Black-water fever - Number 35
Disease focus: Fever
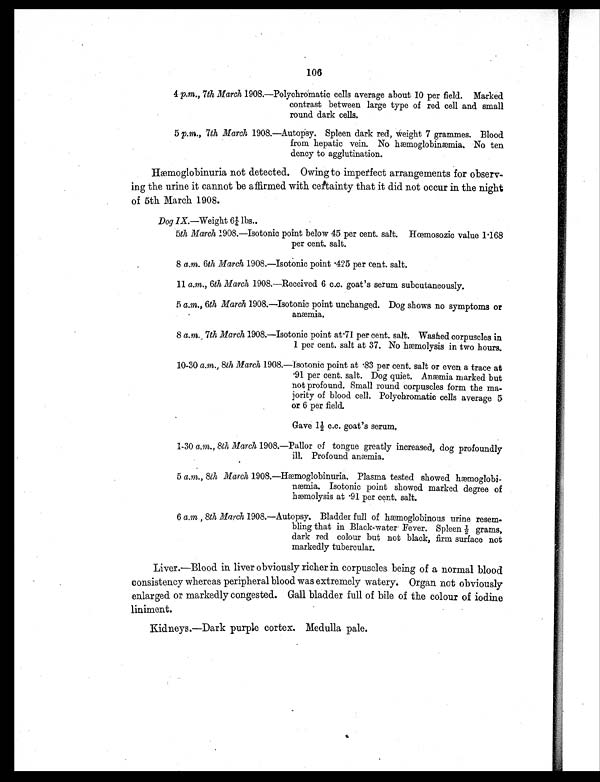
106
4 p.m., 7th March 1908.—Polychromatic cells average about 10 per field. Marked
contrast between large type of red cell and small
round dark cells.
5 p.m., 7th March 1908.—Autopsy. Spleen dark red, weight 7 grammes. Blood
from hepatic vein. No hæmoglobinæmia. No ten
deny to agglutination.
Hæmoglobinuria not detected. Owing to imperfect arrangements for observ-
ing the urine it cannot be affirmed with certainty that it did not occur in the night
of 5th March 1908.
Dog IX.—Weight 6¼ lbs..
5th March 1908.—Isotonic point below 45 per cent. salt. Hœmosozic value 1.168
per cent. salt.
8 a.m. 6th March 1908.—Isotonic point .425 per cent. salt.
11 a.m., 6th March 1908.—Received 6 c.c. goat's serum subcutaneously.
5 a.m., 6th March 1908.—Isotonic point unchanged. Dog shows no symptoms or
anæmia.
•
8 a. m. 7th March 1908.—Isotonic point at .71 per cent. salt. Washed corpuscles in
1 per cent. salt at 37. No hæmolysis in two hours.
10 30 a.m., 8th March 1908.—Isotonic point at .83 per cent. salt or even a trace at
. 9 1 p e r c e n t . s a l t . D o g q u i e t . A n æ m i a m a r k e d b u t
not profound. Small round corpuscles form the ma-
jority of blood cell. Polychromatic cells average 5
or 6 per field.
Gave 1½ c.c. goat's serum.
•
1-30 a.m., 8th March 1908.—Pallor of tongue greatly increased, dog profoundly
ill. Profound anæmia.
5 a.m., 8th March 1908.—Hæmoglobinuria. Plasma tested showed hæmoglobi-
næmia. Isotonic point showed marked degree of
h æ m o l y s i s a t . 9 1 p e r c e n t , s a l t .
6 a.m , 8th March 1908.—Autopsy. Bladder full of hæmoglobinous urine resem-
bling that in Black-water Fever. Spleen ½ grams,
dark red colour but not black, firm surface not
markedly tubercular.
Liver.—Blood in liver obviously richer in corpuscles being of a normal blood
consistency whereas peripheral blood was extremely watery. Organ not obviously
enlarged or markedly congested. Gall bladder full of bile of the colour of iodine
liniment.
Kidneys.—Dark purple cortex. Medulla pale.